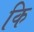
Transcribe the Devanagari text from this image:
कि